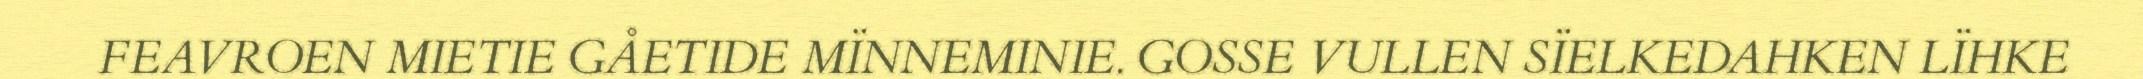
FEAVROEN MIETIE GÅETIDE MÏNNEMINIE. GOSSE VULLEN SÏELKEDAHKEN LÏHKE